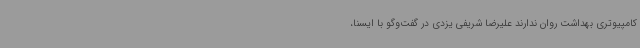
کامپیوتری بهداشت روان ندارند علیرضا شریفی یزدی در گفت‌وگو با ایسنا،